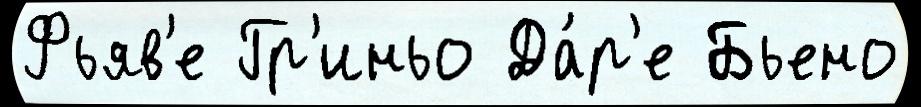
Фьяв'е Гр'иньо Да́р'е Бьено